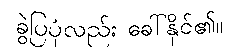
ခွဲပြပုံလည်း ခေါ်နိုင်၏။